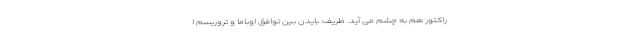
راکتور هم به چشم می آید. ظریف: بایدن بین توافق اوباما و تروریسم ا